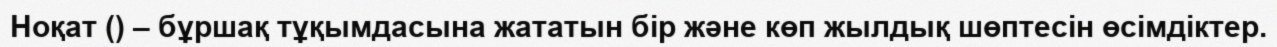
Ноқат () – бұршақ тұқымдасына жататын бір және көп жылдық шөптесін өсімдіктер.